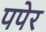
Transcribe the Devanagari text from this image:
पपेर